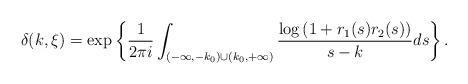
LaTeX: \begin{align*} \delta(k,\xi)=\exp\left\{\frac{1}{2\pi i}\int_{(-\infty,-k_0)\cup(k_0,+\infty)}\frac{{\log \left(1+r_1(s)r_2(s)\right)}}{s-k}ds\right\}.\end{align*}